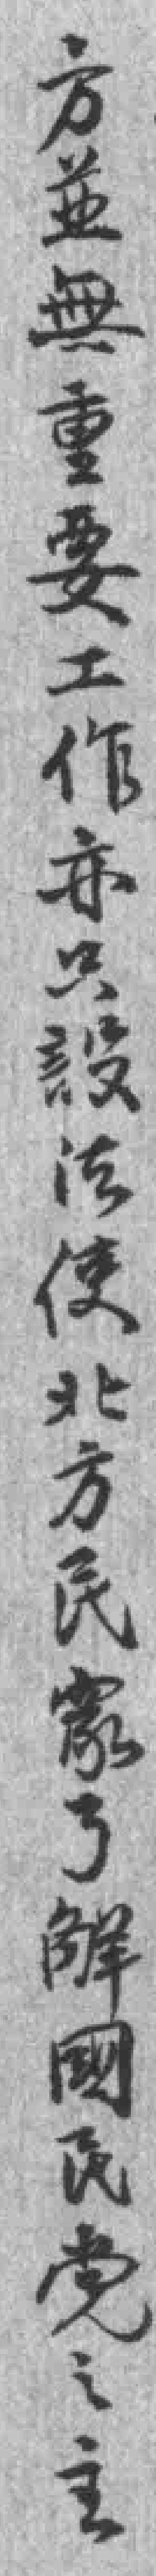
方並無重要工作亦只設法使北方民衆了觧國民党之主